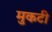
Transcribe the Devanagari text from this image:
मुकटी